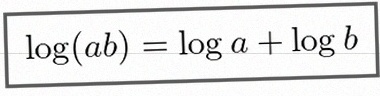
\log(ab)=\log a+\log b